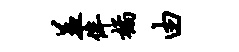
羞侔橘由